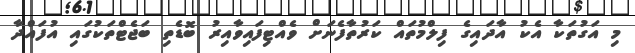
މި އަގުތަކާ އެކު އާދައިގެ ފިލްމުތައް ކަރުތާފެނަށް ވެއްޓިފައިވާއިރު ބޮޑެތި ބަޖެޓްތަކުގައި އުފައްދާ